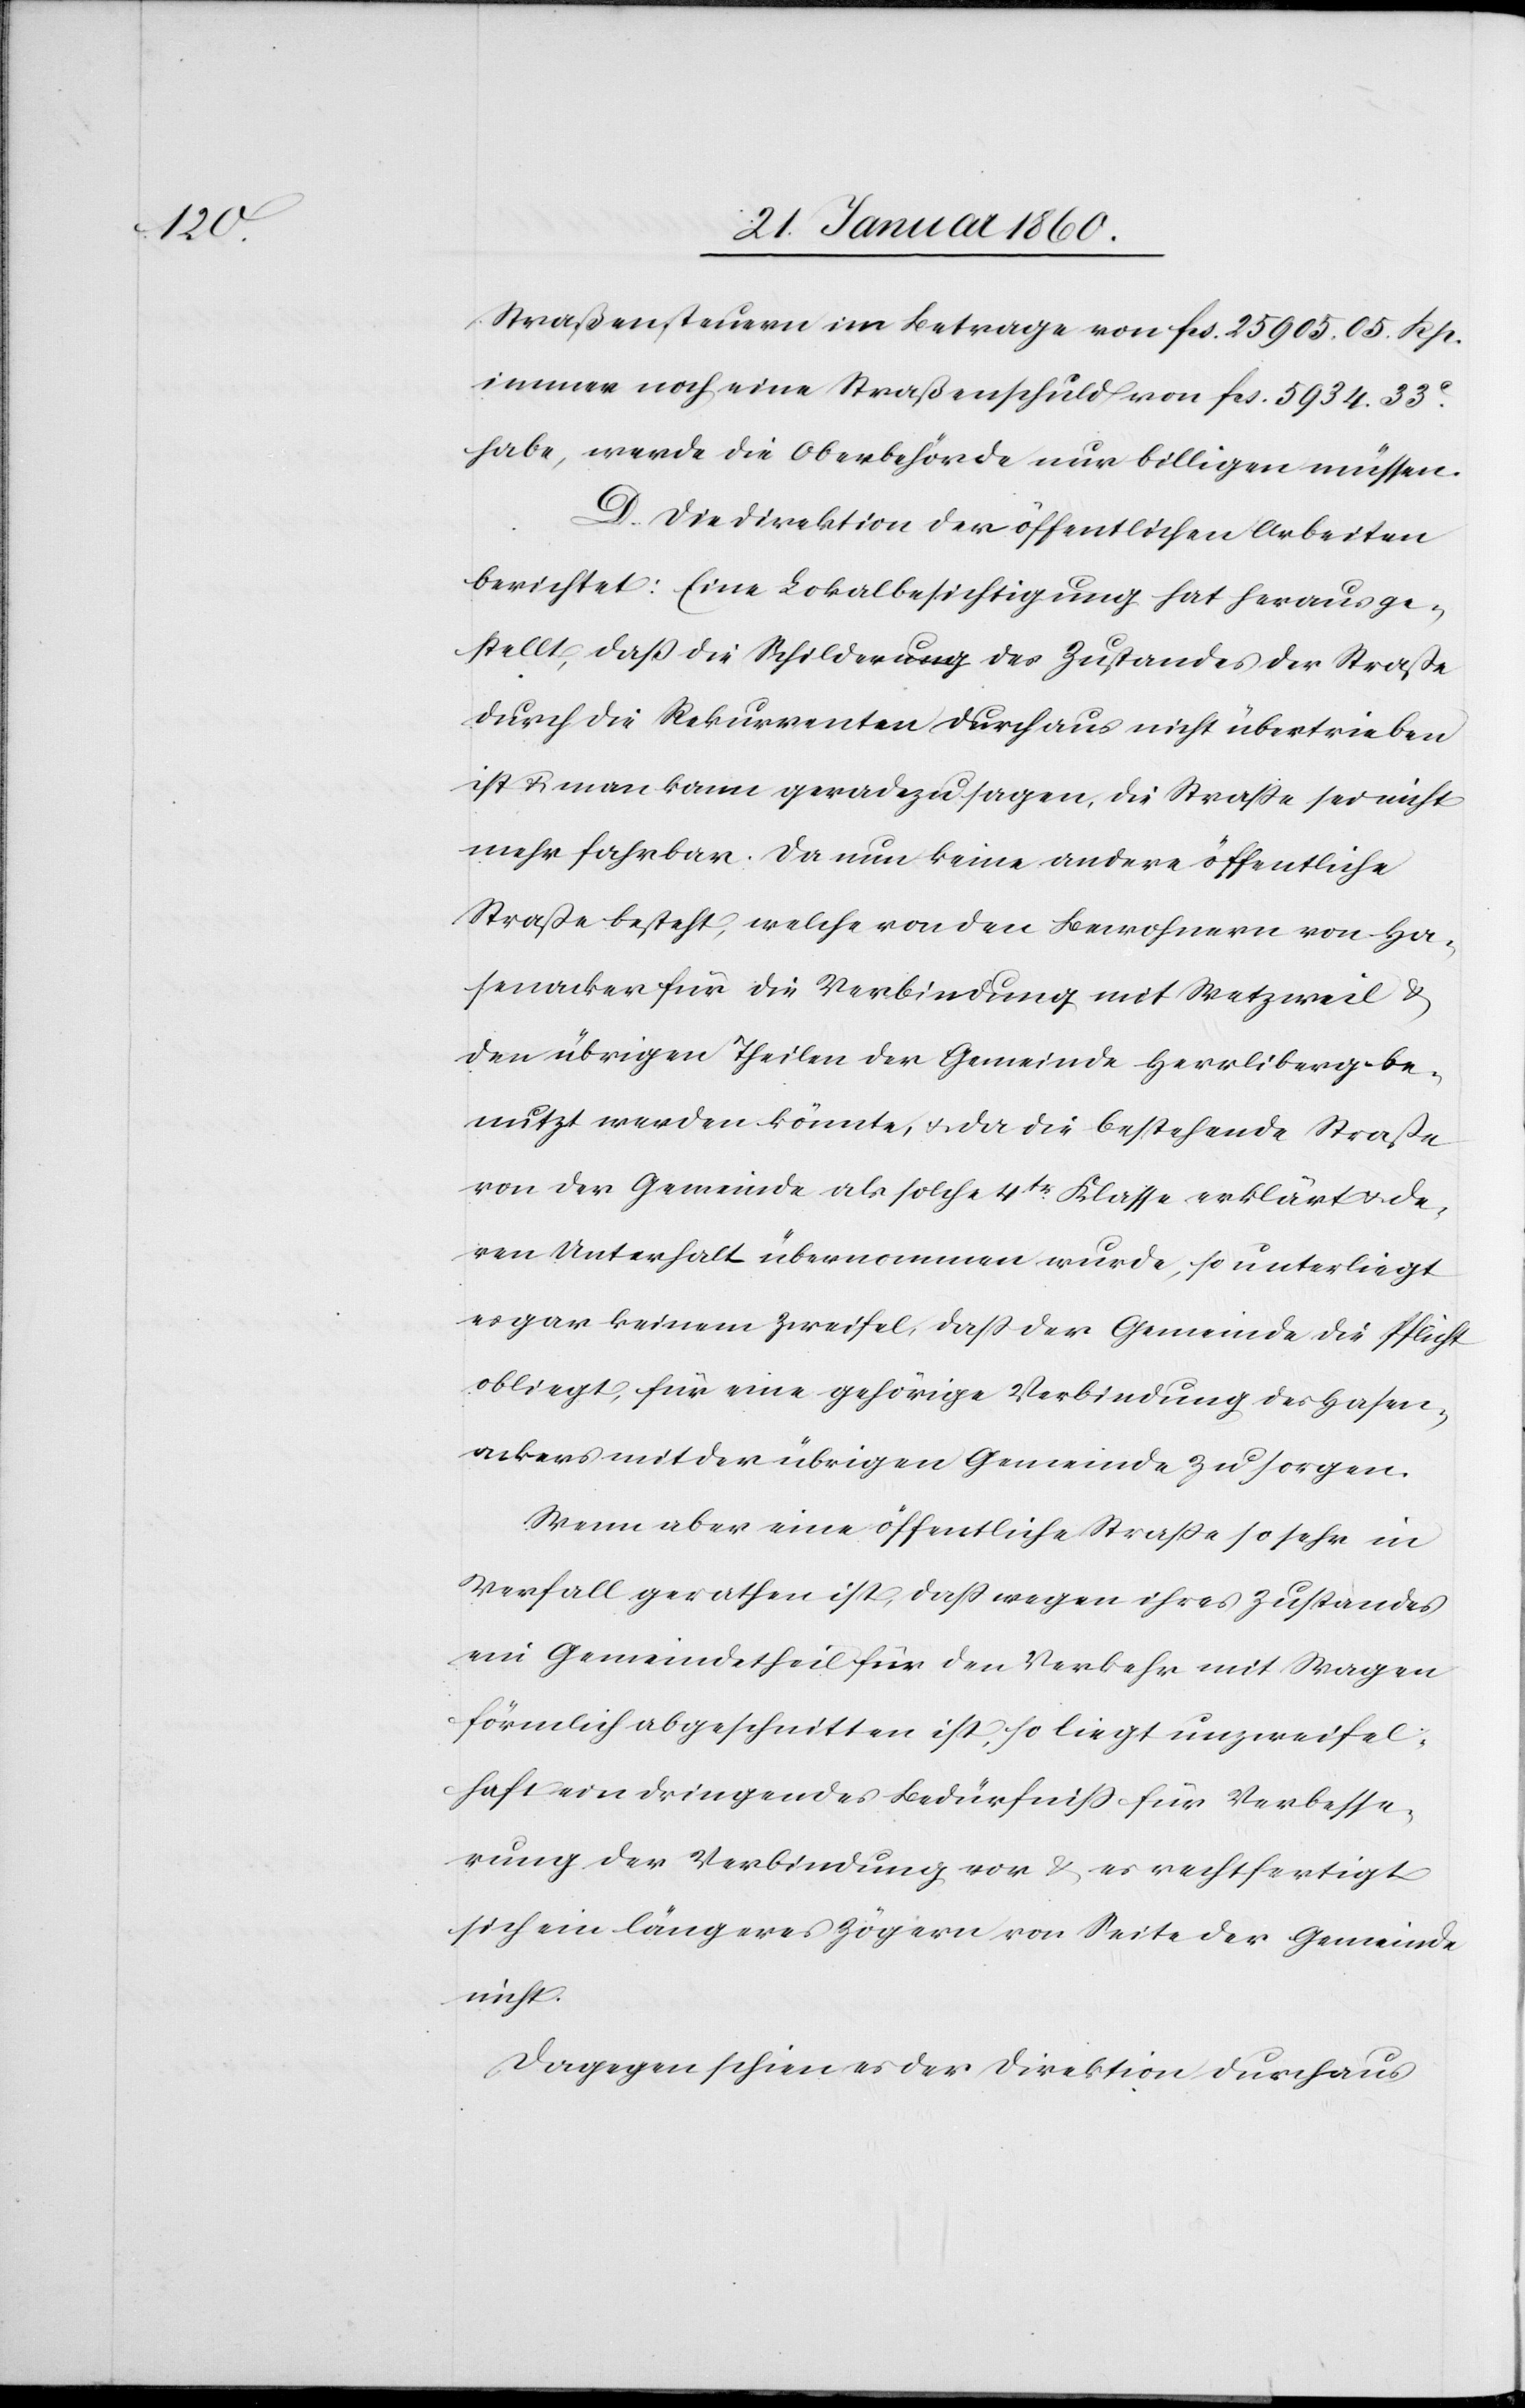
Straßensteuern im Betrag von fcs. 25 905. 05. Rp.
immer noch eine Straßenschuld von fcs. 5934. 33C
habe, wird die Oberbehörde nur billigen müssen.
D. Die Direktion der öffentlichen Arbeiten
berichtet: Eine Lokalbesichtigung hat herausge¬
stellt, dass die Wilderung des Zustandes der Strasse
durch die Rekurrenten durchaus nicht übertrieben
ist u. man kann geradezu sagen, die Strasse sei nicht
mehr fahrbar. Da nun keine andere öffentliche
Strasse besteht, welche von den Bewohnern von Ha¬
senacker für die Verbindung mit Wetzweil u.
den übrigen Theilen der Gemeinde Herrliberg be¬
nutzt werden könnte, u. da die bestehende Strasse
von der Gemeinde als solche 4tr Klasse erklärt und de¬
ren Unterhalt übernommen wurde, so unterliegt
es gar keinem Zweifel, dass der Gemeinde die Pflicht
obliegt, für eine gehörige Verbindung des Hasen¬
ackers mit der übrigen Gemeinde zu sorgen.
Wenn aber eine öffentliche Strasse so sehr in
Verfall gerathen ist, so dass wegen ihres Zustandes
ein Gemeindetheil für den Verkehr mit Wagen
förmlich abgeschnitten ist, so liegt unzweifel¬
haft ein dringendes Bedürfniss für Verbesse¬
rung der Verbindung vor u. es rechtfertigt
sich ein längeres Zögern von Seite der Gemeinde
nicht.
Dagegen schien es der Direktion durchaus